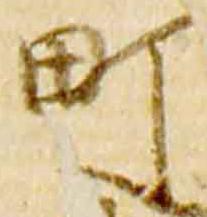
町